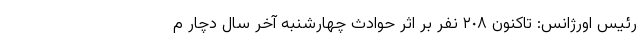
رئیس اورژانس: تاکنون ٢٠٨ نفر بر اثر حوادث چهارشنبه آخر سال دچار م